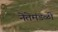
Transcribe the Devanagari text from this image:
नेतेमंडळी